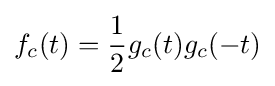
f_{c}(t)={\frac {1}{2}}g_{c}(t)g_{c}(-t)